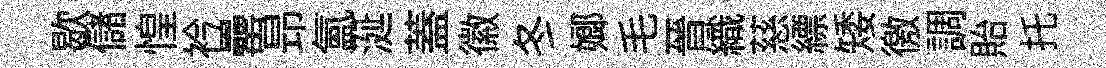
歇儲惶衿罍昻氳涎蓋徽冬嫏毛晉織慈縹矮徼調貽托